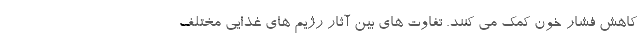
کاهش فشار خون کمک می کنند. تفاوت های بین آثار رژیم های غذایی مختلف